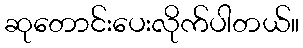
ဆုတောင်းပေးလိုက်ပါတယ်။